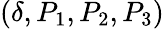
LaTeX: (\delta,P_{1},P_{2},P_{3})